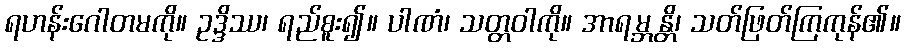
ရဟန်းဂေါတမကို။ ဥဒ္ဒိဿ၊ ရည်စူး၍။ ပါဏံ၊ သတ္တဝါကို။ အာရမ္ဘန္တိ၊ သတ်ဖြတ်ကြကုန်၏။